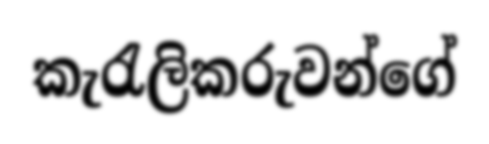
කැරැලිකරුවන්ගේ